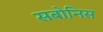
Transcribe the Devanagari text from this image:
सबोनिस